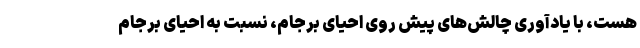
هست، ‌با یادآوری چالش‌های پیش روی احیای برجام، نسبت به احیای برجام